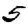
Digit: 5